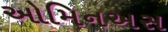
ઓમિનઅસ